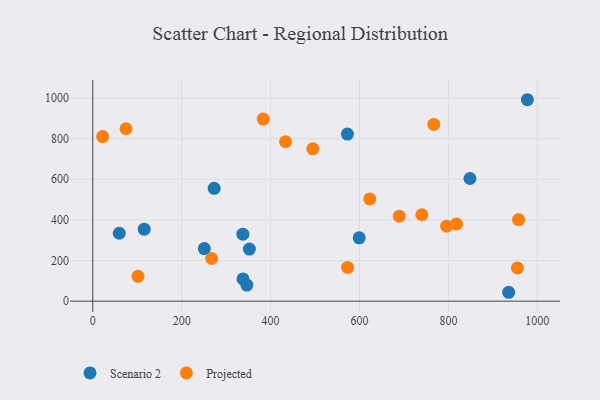
{"axis": {"x": "Ad Spend", "y": "Exam Score"}, "legend": ["Projected", "Scenario 2"], "data": [{"x": "273.1", "y": 555.3, "type": "Scenario 2"}, {"x": "115.8", "y": 354.4, "type": "Scenario 2"}, {"x": "59.6", "y": 334.3, "type": "Scenario 2"}, {"x": "848.5", "y": 603.7, "type": "Scenario 2"}, {"x": "346.7", "y": 78.9, "type": "Scenario 2"}, {"x": "337.7", "y": 329.7, "type": "Scenario 2"}, {"x": "250.9", "y": 258.8, "type": "Scenario 2"}, {"x": "337.9", "y": 109.5, "type": "Scenario 2"}, {"x": "977.6", "y": 991.6, "type": "Scenario 2"}, {"x": "599.3", "y": 311.8, "type": "Scenario 2"}, {"x": "572.8", "y": 822.4, "type": "Scenario 2"}, {"x": "935.5", "y": 43.7, "type": "Scenario 2"}, {"x": "352.3", "y": 256.2, "type": "Scenario 2"}, {"x": "623.1", "y": 503.1, "type": "Projected"}, {"x": "740.2", "y": 425.3, "type": "Projected"}, {"x": "573.1", "y": 166.0, "type": "Projected"}, {"x": "433.6", "y": 784.6, "type": "Projected"}, {"x": "689.5", "y": 418.4, "type": "Projected"}, {"x": "767.1", "y": 869.8, "type": "Projected"}, {"x": "494.9", "y": 749.9, "type": "Projected"}, {"x": "796.0", "y": 369.0, "type": "Projected"}, {"x": "267.4", "y": 210.0, "type": "Projected"}, {"x": "74.8", "y": 848.6, "type": "Projected"}, {"x": "955.2", "y": 163.1, "type": "Projected"}, {"x": "383.4", "y": 896.4, "type": "Projected"}, {"x": "101.7", "y": 122.1, "type": "Projected"}, {"x": "957.7", "y": 401.7, "type": "Projected"}, {"x": "22.2", "y": 810.0, "type": "Projected"}, {"x": "818.3", "y": 380.2, "type": "Projected"}]}